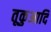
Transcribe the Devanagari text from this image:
तूकुआदि